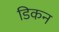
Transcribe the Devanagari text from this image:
डिकन